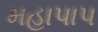
મહાપાપ